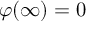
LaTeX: \varphi ( \infty ) = 0